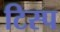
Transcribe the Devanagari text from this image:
टिस्प